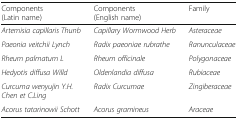
<table><thead><tr><td><b>Components(Latin name)</b></td><td><b>Components(English name)</b></td><td><b>Family</b></td></tr></thead><tbody><tr><td><i>Artemisia capillaris Thunb</i></td><td><i>Capillary Wormwood Herb</i></td><td><i>Asteraceae</i></td></tr><tr><td><i>Paeonia veitchii Lynch</i></td><td><i>Radix paeoniae rubrathe</i></td><td><i>Ranunculaceae</i></td></tr><tr><td><i>Rheum palmatum L</i></td><td><i>Rheum officinale</i></td><td><i>Polygonaceae</i></td></tr><tr><td><i>Hedyotis diffusa Willd</i></td><td><i>Oldenlandia diffusa</i></td><td><i>Rubiaceae</i></td></tr><tr><td><i>Curcuma wenyujin Y.H. Chen et C.Ling</i></td><td><i>Radix Curcumae</i></td><td><i>Zingiberaceae</i></td></tr><tr><td><i>Acorus tatarinowii Schott</i></td><td><i>Acorus gramineus</i></td><td><i>Araceae</i></td></tr></tbody></table>